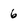
Character: 6